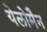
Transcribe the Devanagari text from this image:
येलोमैन